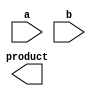
module dadda_multiplier(
  input [7:0] a,
  input [7:0] b,
  output reg [15:0] product
);

// Add your Verilog code here

endmodule